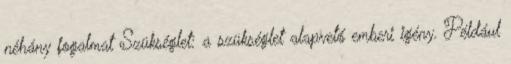
néhány fogalmat Szükséglet: a szükséglet alapvető emberi igény. Például